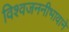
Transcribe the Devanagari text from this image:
विश्वजननीभावाने